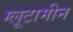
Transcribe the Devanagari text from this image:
ग्लूटामीन